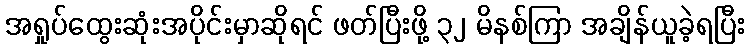
အရှုပ်ထွေးဆုံးအပိုင်းမှာဆိုရင် ဖတ်ပြီးဖို့ ၃၂ မိနစ်ကြာ အချိန်ယူခဲ့ရပြီး